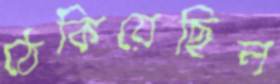
ঠেকিয়েছিল